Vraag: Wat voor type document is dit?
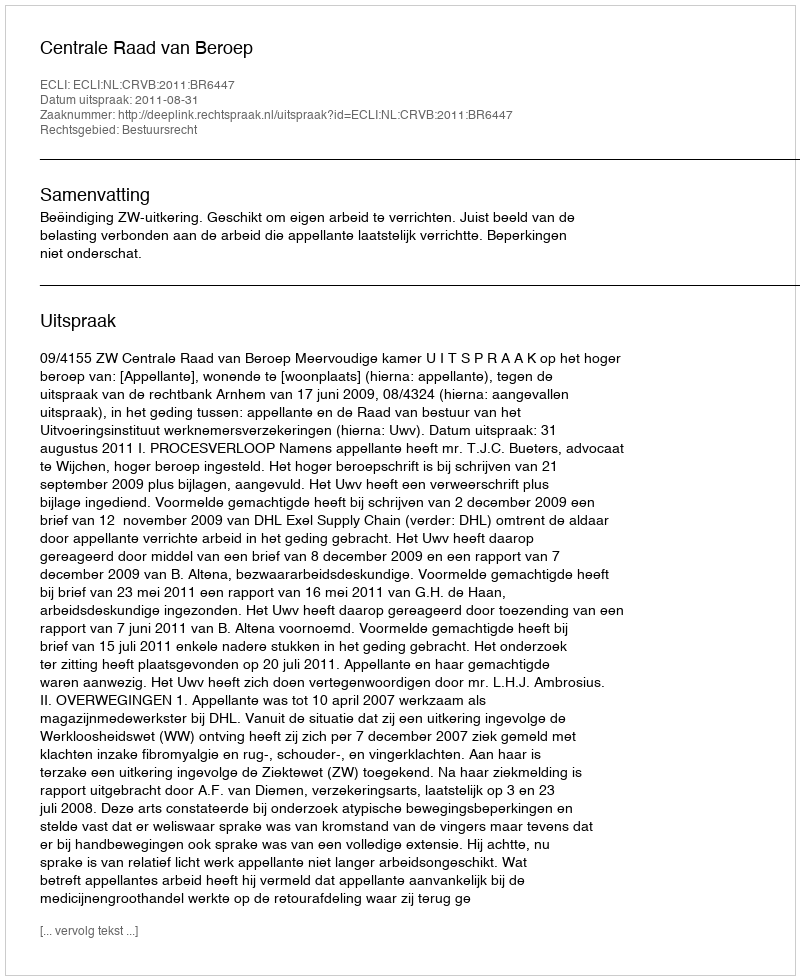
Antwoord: Uitspraak